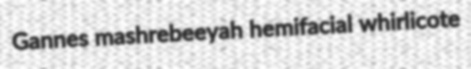
Gannes mashrebeeyah hemifacial whirlicote